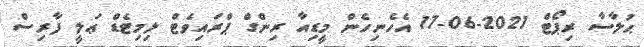
ޙުލާސާ ރިޕޯޓް 2021-06-17 އެހެނިހެން މީޑިއާ ރިންގް ޕްރައިވެޓް ލިމިޓެޑް ޢަލީ ފާރިސް